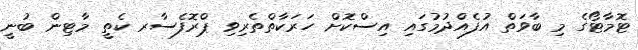
ޓޮމާޓޯގެ މި ބާވަތް އުފެއްދުމުގައި އިސްކޮށް ހަރަކާތްތެރިވި ޕްރޮފެސާރ ކެތީ މާޓިން ބުނީ